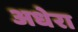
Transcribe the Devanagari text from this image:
अधेरा